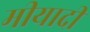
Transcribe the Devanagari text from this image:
मीयादी